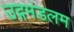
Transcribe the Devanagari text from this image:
उद्गमंडलम